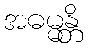
အဓမ္မန္တိ